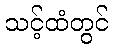
သင့်ထံတွင်